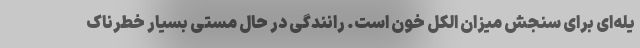
یله‌ای برای سنجش میزان الکل خون است. رانندگی در حال مستی بسیار خطرناک